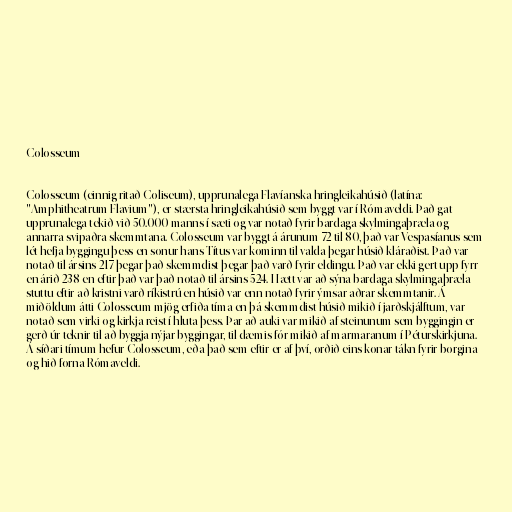
Colosseum

Colosseum (einnig ritað Coliseum), upprunalega Flavíanska hringleikahúsið (latína:
"Amphitheatrum Flavium"), er stærsta hringleikahúsið sem byggt var í Rómaveldi. Það gat
upprunalega tekið við 50.000 manns í sæti og var notað fyrir bardaga skylmingaþræla og
annarra svipaðra skemmtana. Colosseum var byggt á árunum 72 til 80, það var Vespasíanus sem
lét hefja byggingu þess en sonur hans Títus var kominn til valda þegar húsið kláraðist. Það var
notað til ársins 217 þegar það skemmdist þegar það varð fyrir eldingu. Það var ekki gert upp fyrr
en árið 238 en eftir það var það notað til ársins 524. Hætt var að sýna bardaga skylmingaþræla
stuttu eftir að kristni varð ríkistrú en húsið var enn notað fyrir ýmsar aðrar skemmtanir. Á
miðöldum átti Colosseum mjög erfiða tíma en þá skemmdist húsið mikið í jarðskjálftum, var
notað sem virki og kirkja reist í hluta þess. Þar að auki var mikið af steinunum sem byggingin er
gerð úr teknir til að byggja nýjar byggingar, til dæmis fór mikið af marmaranum í Péturskirkjuna.
Á síðari tímum hefur Colosseum, eða það sem eftir er af því, orðið eins konar tákn fyrir borgina
og hið forna Rómaveldi.